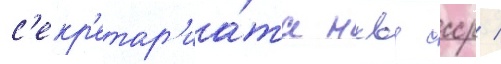
с'екр'етар'иа́та нквд ссср /